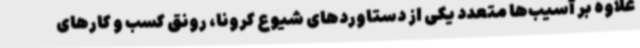
علاوه بر آسیب‌ها متعدد یکی از دستاوردهای شیوع کرونا، رونق کسب و کارهای